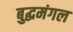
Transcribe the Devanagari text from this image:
बुद्धमंगल